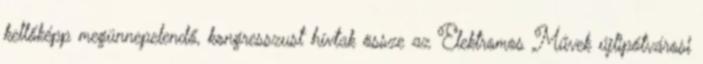
kellőképp meg­ün­nepelen­dő, kongresszust hívtak össze az Elektromos Művek új­lipótvárosi